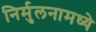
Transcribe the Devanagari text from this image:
निर्मुलनामध्ये